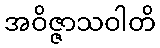
အဝိဇ္ဇာသဝါတိ